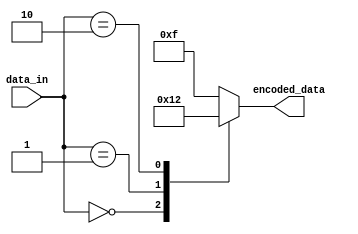
module Encoder (
    input wire [7:0] data_in,
    output reg [3:0] encoded_data
);

always @(*) begin
    case (data_in)
        8'd0: encoded_data = 4'b0000;
        8'd1: encoded_data = 4'b0001;
        8'd2: encoded_data = 4'b0010;
        // Add more encoding rules here as needed
        default: encoded_data = 4'b1111; // Handle any edge cases or unknown input values
    endcase
end

endmodule